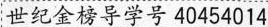
世纪金榜导学号40454014